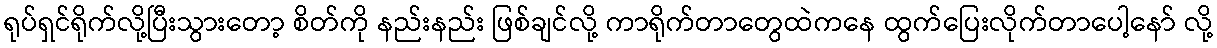
ရုပ်ရှင်ရိုက်လို့ပြီးသွားတော့ စိတ်ကို နည်းနည်း ဖြစ်ချင်လို့ ကာရိုက်တာတွေထဲကနေ ထွက်ပြေးလိုက်တာပေါ့နော် လို့